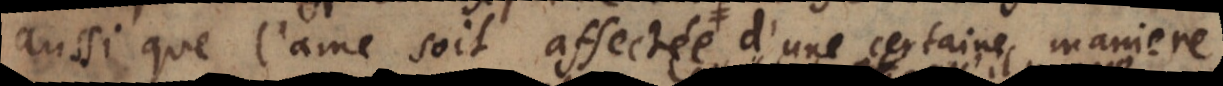
ussi que l’ame soit affectée d’une certaine maniere,